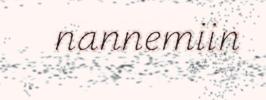
nannemiin